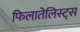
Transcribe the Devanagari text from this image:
फिलातेलिस्ट्स